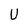
Character: U